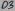
Text: D3